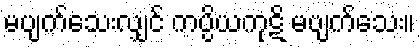
မပျက်သေးလျှင် ကပ္ပိယကုဋိ မပျက်သေး။